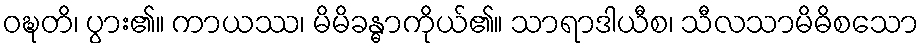
ဝဍ္ဎတိ၊ ပွား၏။ ကာယဿ၊ မိမိခန္ဓာကိုယ်၏။ သာရာဒါယီစ၊ သီလသာမိဓိစသော